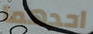
احدهما